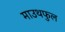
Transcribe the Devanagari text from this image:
माउथफुल